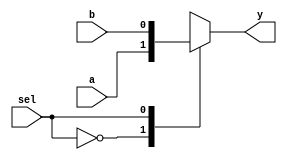
module d_mux(input a,b,sel,output reg y);

always @(*)
begin
case(sel)

1'b0:y=a;
1'b1:y=b;

endcase
end
endmodule
module d_latch_mux(input d,en, output reg q, output reg qb);

wire in1,in2;
wire s_in;
wire op;

assign in1=q;
assign in2=d;
assign s_in=en;

d_mux D_MUX(in1,in2,s_in,op);

assign q=op;
assign qb=~op;

endmodule